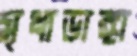
মৃধাডাঙ্গা